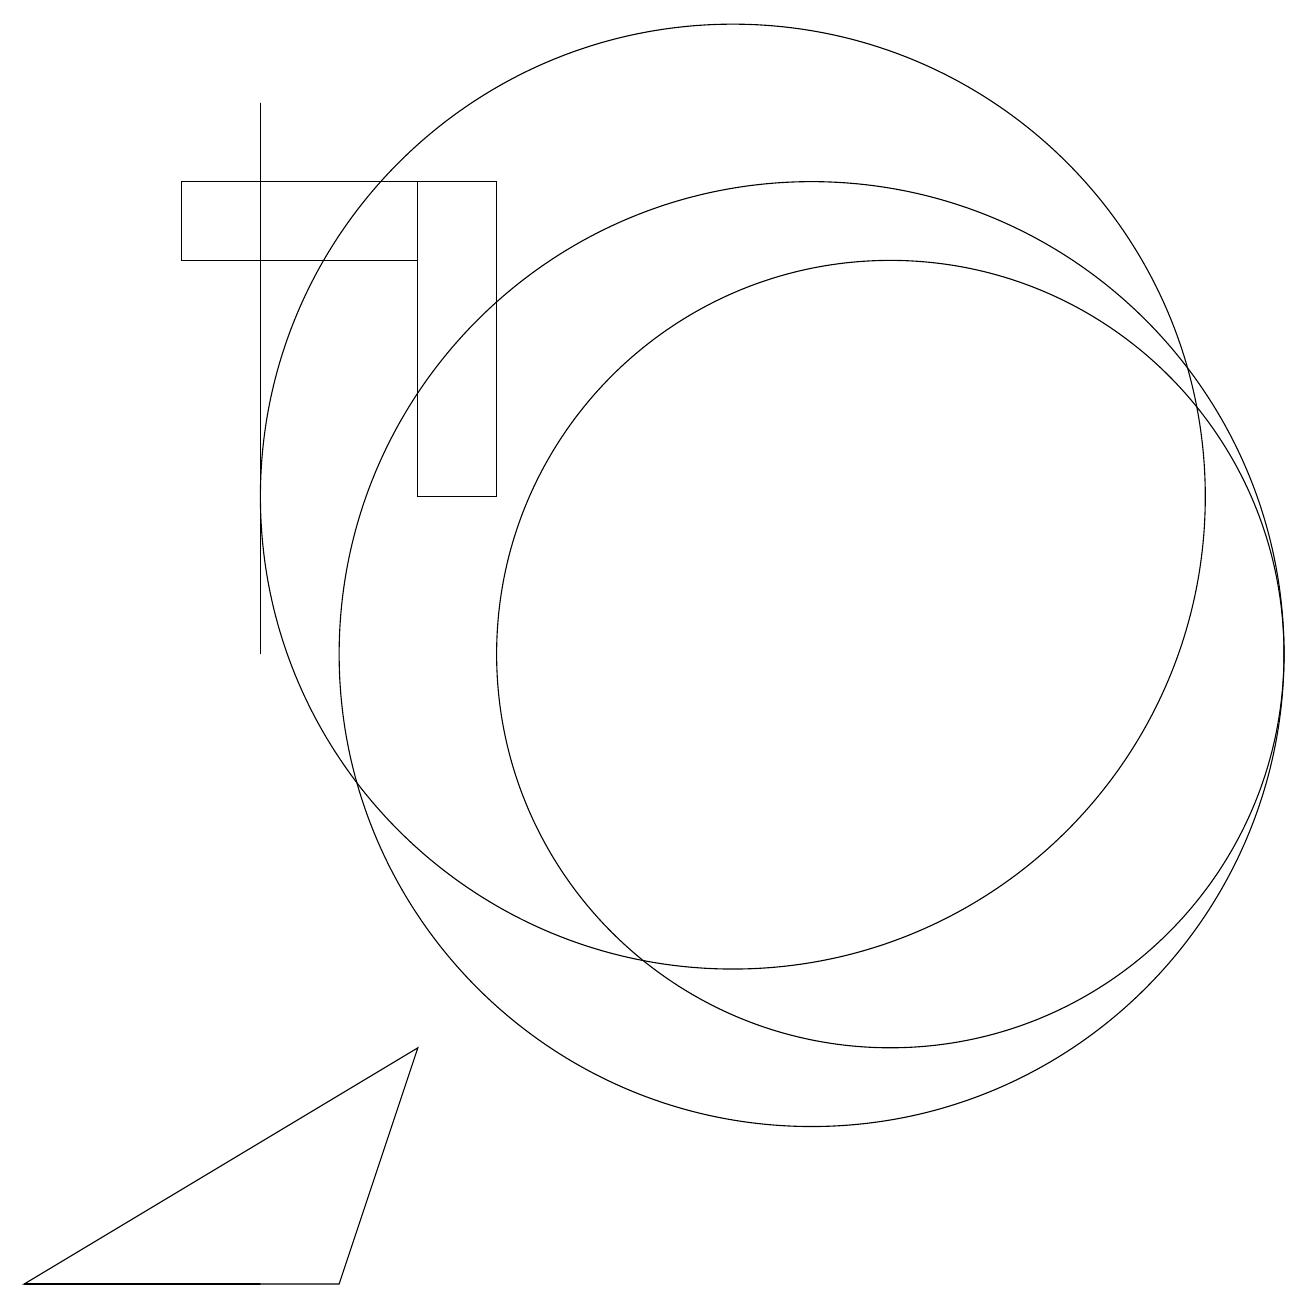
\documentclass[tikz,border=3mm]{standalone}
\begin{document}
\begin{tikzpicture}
\draw (6,16) rectangle (3,15);
\draw (7,16) rectangle (6,12);
\draw (1,2) -- (5,2) -- (6,5) -- cycle;
\draw (1,2) -- (3,2) -- (4,2) -- cycle;
\draw (12,10) circle (5);
\draw (11,10) circle (6);
\draw (10,12) circle (6);
\draw (4,17) rectangle (4,10);
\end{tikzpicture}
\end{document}